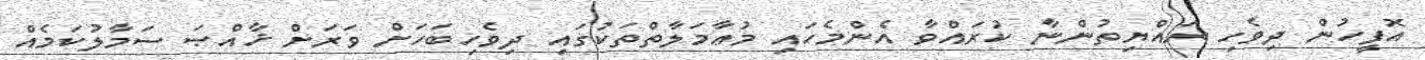
އޮފީހުން ދިވެހި ރައްޔިތުންނާ ކުރައްވާ އެންމެހައި މުޢާމަލާތްތަކުގައި ދިވެހިބަހަށް ވަރަށް ޚާއްޞަ ސަމާލުކަމެއް